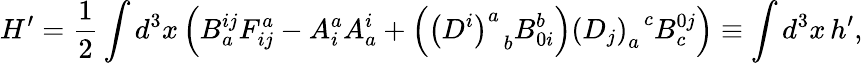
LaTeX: H^{\prime}=\frac 12\int d^{3}x\left(B_{a}^{ij}F_{ij}^{a}-A_{i}^{a}A_{a}^{i}+\left(\left(D^{i}\right)_{\; \; b}^{a}B_{0i}^{b}\right)\left(D_{j}\right)_{a}^{\; \; c}B_{c}^{0j}\right)\equiv\int d^{3}x\, h^{\prime},